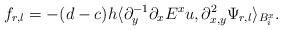
LaTeX: \begin{align*} f_{r,l}=-(d-c)h\langle\partial_y^{-1}\partial_xE^xu, \partial^2_{x,y}\Psi_{r,l}\rangle_{B_i^x}.\end{align*}